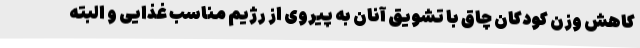
کاهش وزن کودکان چاق با تشویق آنان به پیروی از رژیم مناسب غذایی و البته